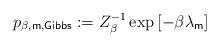
LaTeX: \begin{align*}p_{\beta ,\mathsf{m},\mathsf{Gibbs}}:=Z_{\beta }^{-1}\exp \left[ -\beta\lambda _{\mathsf{m}}\right] \end{align*}